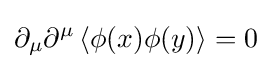
\partial _{\mu }\partial ^{\mu }\left\langle \phi (x)\phi (y)\right\rangle =0